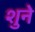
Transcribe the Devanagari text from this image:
शुने